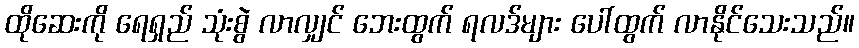
ထိုဆေးကို ရေရှည် သုံးစွဲ လာလျှင် ဘေးထွက် ရလဒ်များ ပေါ်ထွက် လာနိုင်သေးသည်။